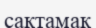
сақтамақ